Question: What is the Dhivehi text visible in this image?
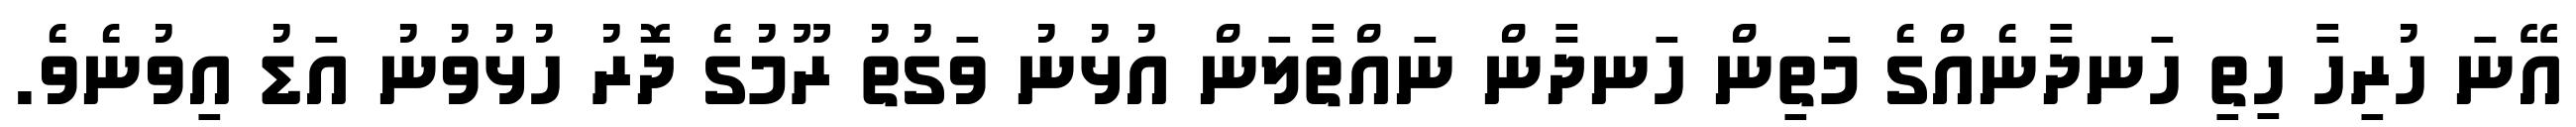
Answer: އޭނަ ހުރިހާ ހިތި ހަނދާނެއްގެ މަތިން ހަނދާން ނައްތާލަން އުޅުނު ވަގުތު ރޫމުގެ ދޮރު ހުޅުވުނު އަޑު އިވުނެވެ.